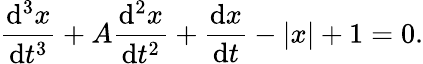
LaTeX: {\frac{\mathrm{d}^{3}x}{\mathrm{d}t^{3}}}+A{\frac{\mathrm{d}^{2}x}{\mathrm{d}t^{2}}}+{\frac{\mathrm{d}x}{\mathrm{d}t}}-|x|+1=0.